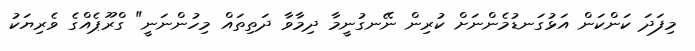
މިފަދަ ކަންކަން އަޅުގަނޑުމެންނަށް ކުރިން ނޭނގުނީމާ ދިމާވާ ދަތިތައް މިހުންނަނީ" ގްރޫޕެއްގެ ވެރިޔަކު